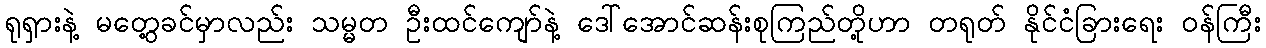
ရုရှားနဲ့ မတွေ့ခင်မှာလည်း သမ္မတ ဦးထင်ကျော်နဲ့ ဒေါ်အောင်ဆန်းစုကြည်တို့ဟာ တရုတ် နိုင်ငံခြားရေး ဝန်ကြီး